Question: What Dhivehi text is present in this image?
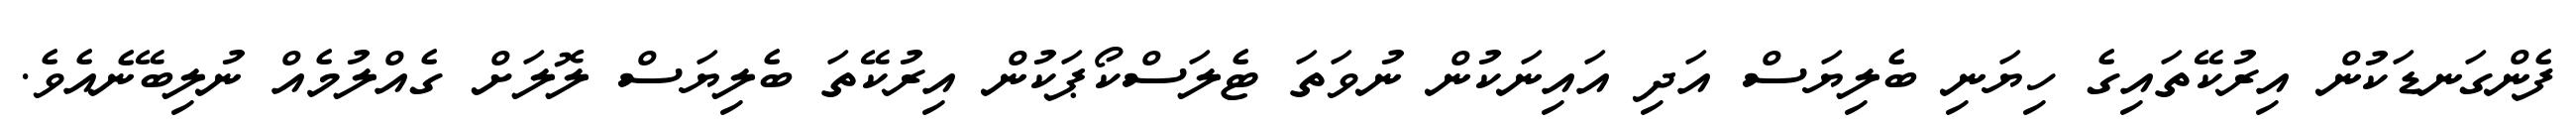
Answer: ފެންގަނޑަކުން އިރުކޭތައިގެ ހިޔަނި ބެލިޔަސް އަދި އައިނަކުން ނުވަތަ ޓެލަސްކޯޕަކުން އިރުކޭތަ ބެލިޔަސް ލޮލަށް ގެއްލުމެއް ނުލިބޭނެއެވެ.